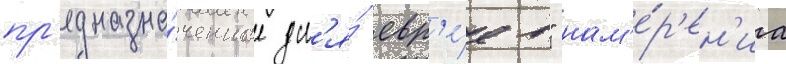
пр'едназна́ченное дл'я́ евр'е́ев" нам'е́р'ен'иа